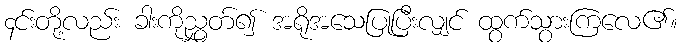
၄င်းတို့လည်း ခါးကိုညွှတ်၍ အရိုအသေပြုပြီးလျှင် ထွက်သွားကြလေ၏။